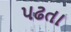
પઢતા